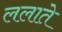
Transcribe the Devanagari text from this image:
ललाते